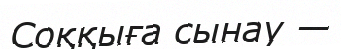
Соққыға сынау —